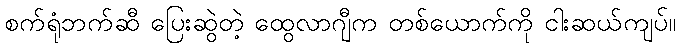
စက်ရုံဘက်ဆီ ပြေးဆွဲတဲ့ ထွေလာဂျီက တစ်ယောက်ကို ငါးဆယ်ကျပ်။